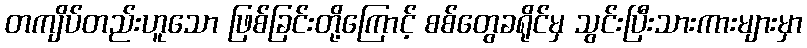
တကျိပ်တည်းဟူသော ဖြစ်ခြင်းတို့ကြောင့် စစ်တွေခရိုင်မှ သွင်းပြီးသားကားများမှာ